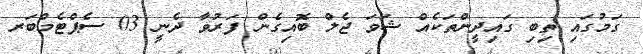
ގަމުގައި ތިބި ގައިދީންތަކެއް ޝަވަ ޖެލް ބޮއިގެން ފަރުވާ ދެނީ 03 ސެޕްޓެމްބަރ